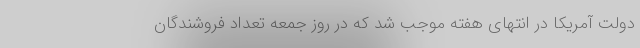
دولت آمریکا در انتهای هفته موجب شد که در روز جمعه تعداد فروشندگان